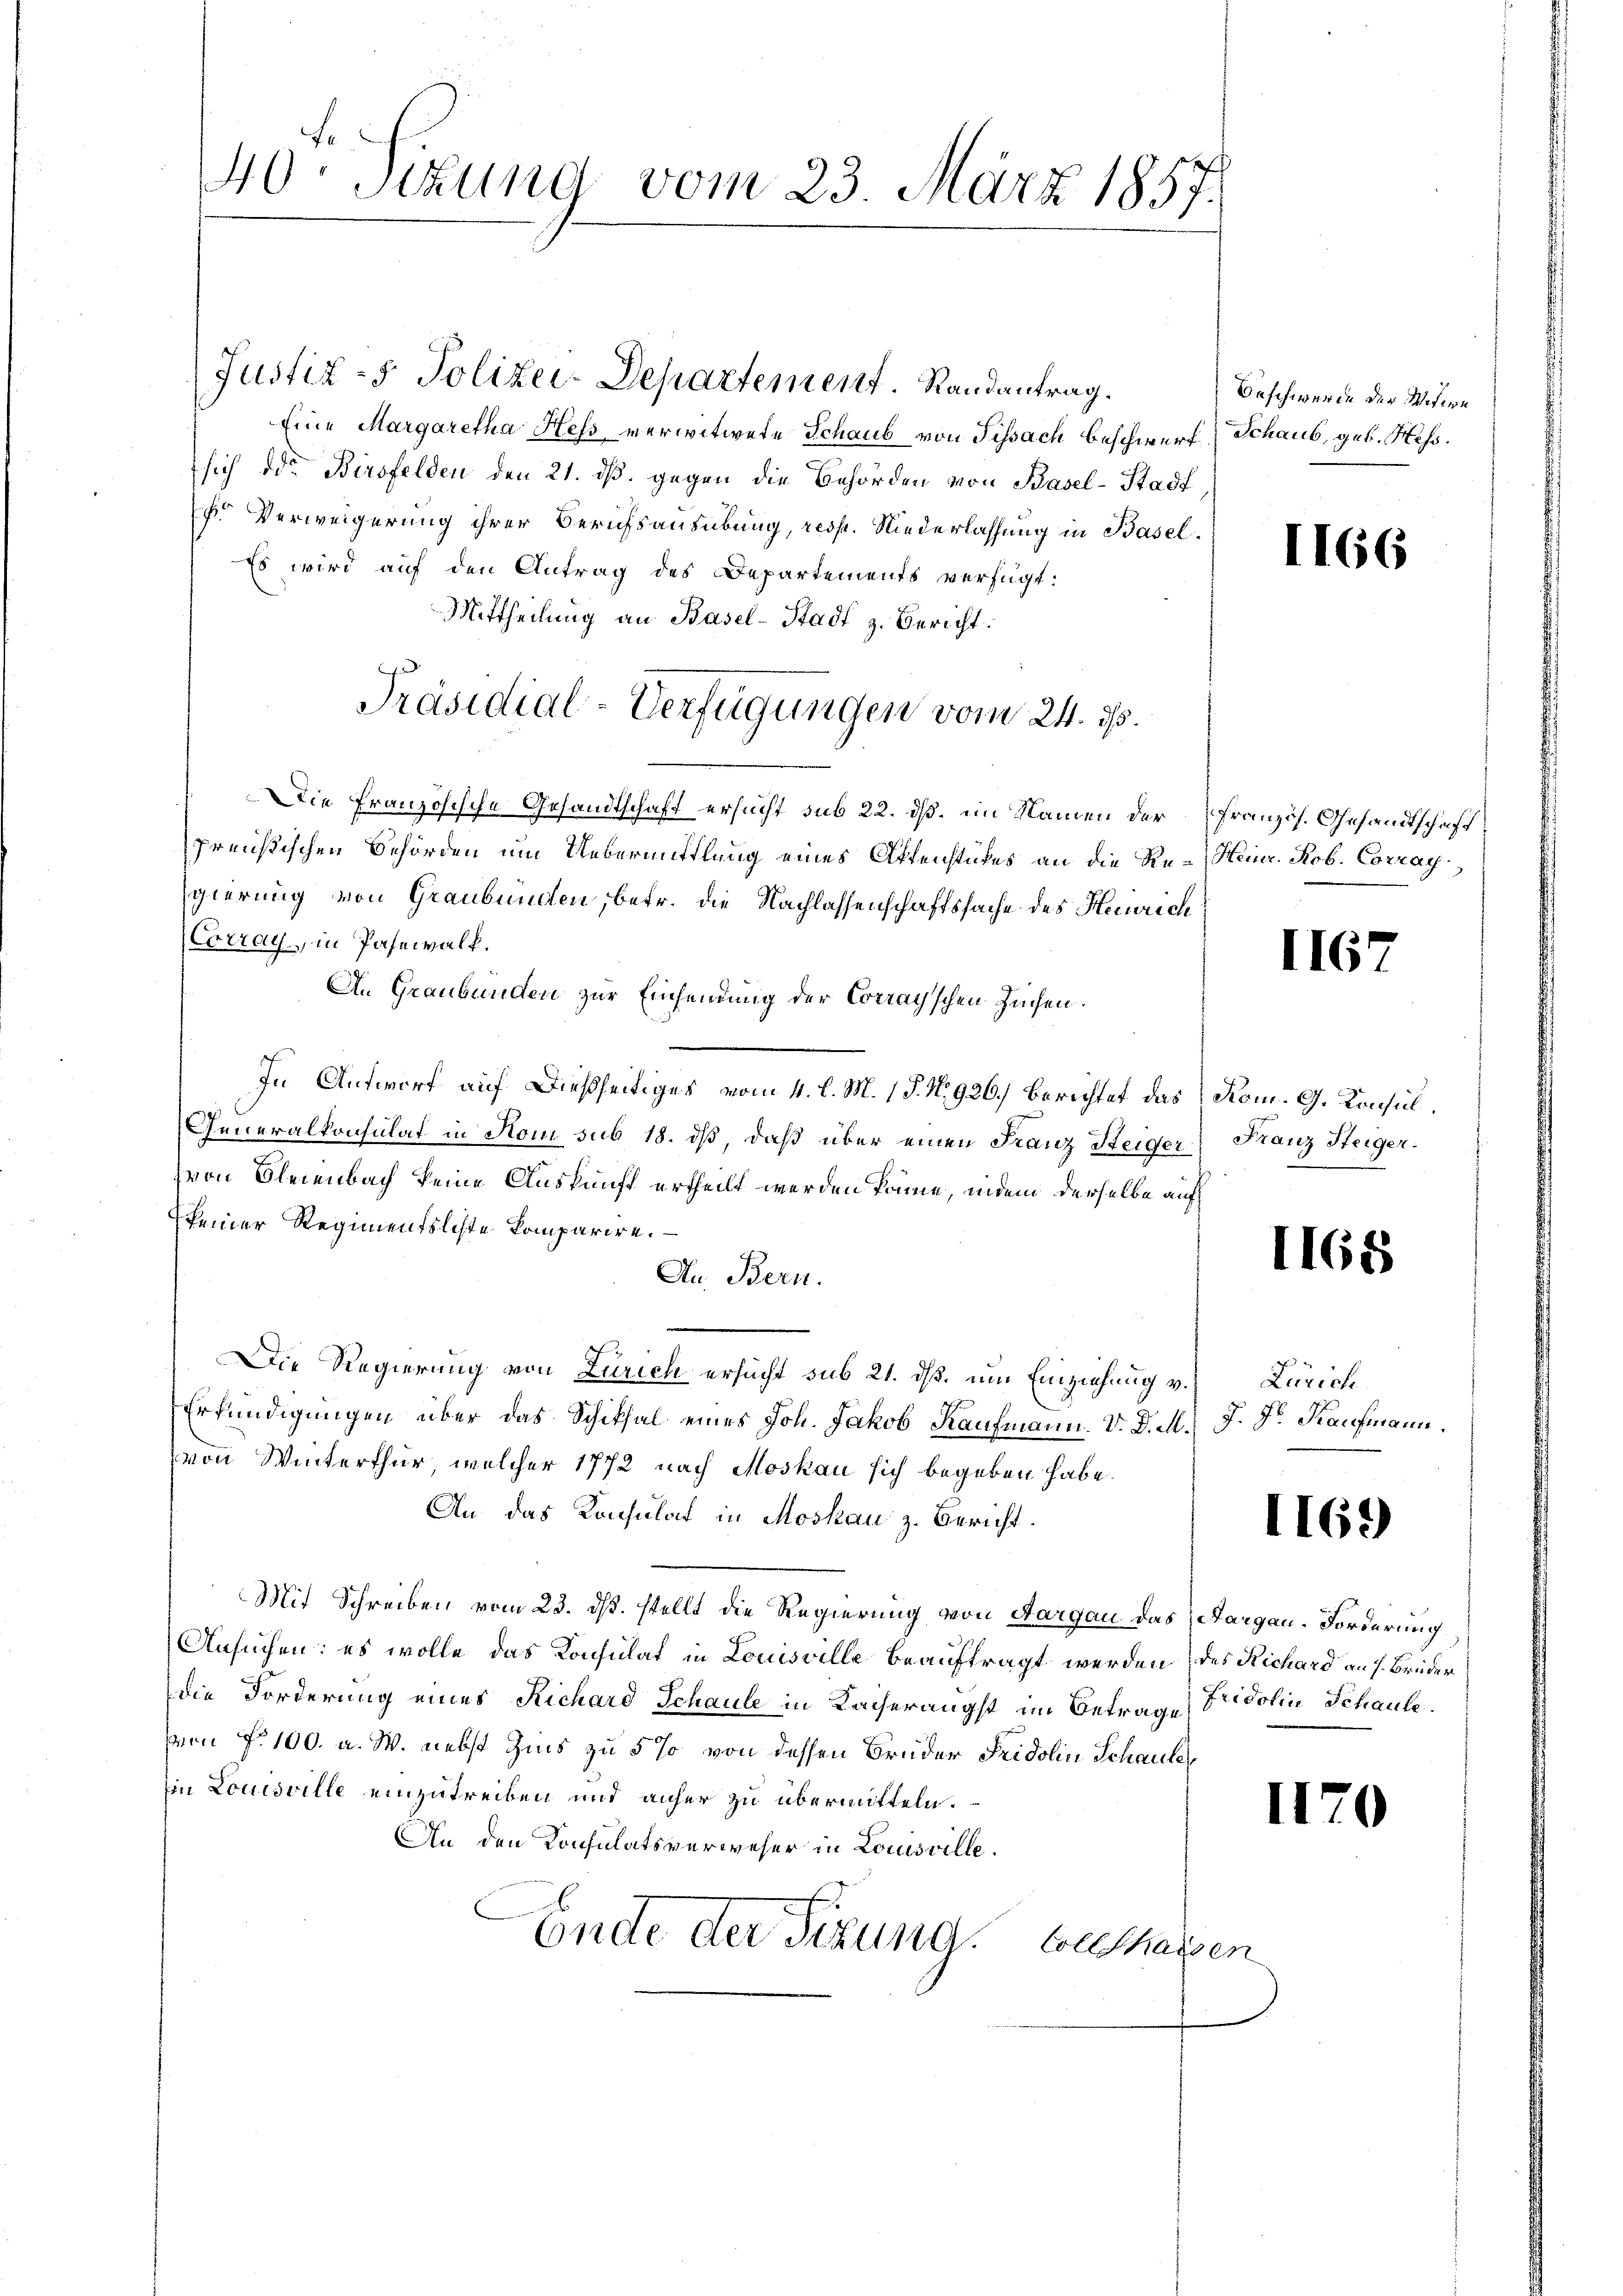
40. Sitzung vom 23. März 1857.

Eine Margaretha Hess verwitwete Schaub von Tissach Beschwerf, Schaus, geb. Hess.
sich die Birsfelden den 21. dß. gegen die Behörden von Basel-Stadt
k. Verweigerung ihrer Berufsausübung, resp. Niederlassung in Basel¬
Es wird auf den Antrag des Departements verfügt:
Mittheilung an Basel-Stadt z. Bericht.
Die Französische Gesandtschaft ersucht sub 22. dß. im Namen der Französ. Gesandtschaft
preußischen Behörden um Uebermittlung eines Affenstükes an die Re-Heinr. Rob. Corrag
gierung von Graubünden, betr. die Nachlassenschaftssache des Heinrich
(Extray, in Pasewalk.
An Graubünden zur Einsennung der Corray'schen Zinsen.
In Antworf auf dießseitiges vom 4. l. M. 1 P. N. 926.) Berichtet das Rom. G. Konsul¬
Generalkonsulat in Rom sub 18. dβ, daß über einen Franz Steiger Franz Steigervon Bleienbach keine Auskunft ertheilt werden könne, indem derselbe auf
seiner Regimenstleste komparire.
Au. Bern.
Die Regierung von Zürich ersucht sub 21. dß. um Einziehung v. Zürich
Erkundigungen über das Schiksal eines Joh. Jakob Kaufmann. V. D. M. J. Dr. Kaufmann
von Winterthur, welcher 1772 nach Moskau sich begeben habe.
An das Konsulat in Moskau z. Bericht.
Mit Schreiben vom 23. ds. stellt die Regierung von Aargau das Aargau-Forderung
Ansuchen; es wolle das Konsulat in Louisville beauftragt werden des Richard an J. Brüder
die Forderung eines Richard Schaule in Kaiserangst im Betrage Fridolin Schaule
vvon f. 100. a. W. nebst Zins zu 5 % von dessen Bruder Fridolin Schaute
in Louisville einzutreiben und anher zu übermitteln.
An den Konsulatsverweser in Louisville.
Ende der Fixund. Behassen

Justiz- & Polizei-Departement. Randantrag.

Präsidial-Verfügungen vom 24. ds.

Beschwerde der Widern

1166

I167

1168

1169

1170